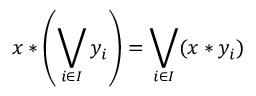
x * \left( \bigvee _ { i \in I } { y _ { i } } \right) = \bigvee _ { i \in I } ( x * y _ { i } )